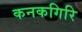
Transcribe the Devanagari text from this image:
कनकगिरि